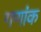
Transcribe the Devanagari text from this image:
गणांक